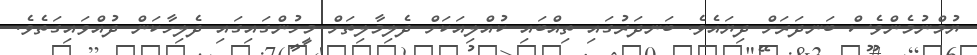
ޔުމްނުމެންވެސް ބަނދަރަށް ދިޔައެވެ. ބަނދަރުގައި ތިއްބައި ކުއްލިއަކަށް ދެލިމާލިތަށް މީހުންގައިގައި ދެލިހާކަން ދުއްވައިގަތެވެ.